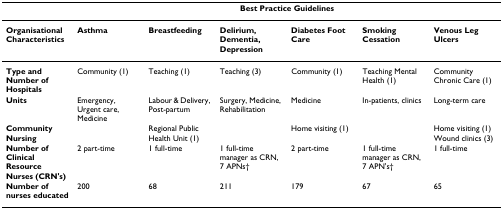
<table><thead><tr><td></td><td colspan="6"><b>Best Practice Guidelines</b></td></tr></thead><tbody><tr><td><b>Organisational Characteristics</b></td><td><b>Asthma</b></td><td><b>Breastfeeding</b></td><td><b>Delirium, Dementia, Depression</b></td><td><b>Diabetes Foot Care</b></td><td><b>Smoking Cessation</b></td><td><b>Venous Leg Ulcers</b></td></tr><tr><td><b>Type and Number of Hospitals</b></td><td>Community (1)</td><td>Teaching (1)</td><td>Teaching (3)</td><td>Community (1)</td><td>Teaching Mental Health (1)</td><td>Community Chronic Care (1)</td></tr><tr><td><b>Units</b></td><td>Emergency, Urgent care, Medicine</td><td>Labour &amp; Delivery, Post-partum</td><td>Surgery, Medicine, Rehabilitation</td><td>Medicine</td><td>In-patients, clinics</td><td>Long-term care</td></tr><tr><td><b>Community Nursing</b></td><td></td><td>Regional Public Health Unit (1)</td><td></td><td>Home visiting (1)</td><td></td><td>Home visiting (1) Wound clinics (3)</td></tr><tr><td><b>Number of Clinical Resource Nurses (CRN&#x27;s)</b></td><td>2 part-time</td><td>1 full-time</td><td>1 full-time manager as CRN, 7 APNs†</td><td>2 part-time</td><td>1 full-time manager as CRN, 7 APN&#x27;s†</td><td>1 full-time</td></tr><tr><td><b>Number of nurses educated</b></td><td>200</td><td>68</td><td>211</td><td>179</td><td>67</td><td>65</td></tr></tbody></table>